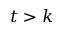
t > k